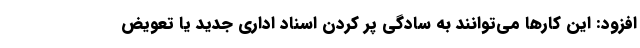
افزود: این کارها می‌توانند به سادگیِ پر کردن اسناد اداری جدید یا تعویض